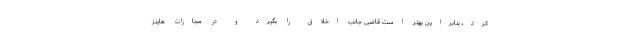
کرد، بنابراین بهتر است قاضی جانب اخلاق را بگیرد و در مجازات هاینز